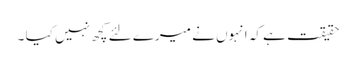
حقیقت ہے کہ انہوں نے میرے لئے کچھ نہیں کیا ۔